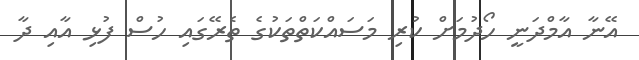
އޭނާ އާމްދަނީ ހޯދުމަށް ކުރި މަސައްކަތްތަކުގެ ތެރޭގައި ހުސް ފުޅި އާއި ދާ